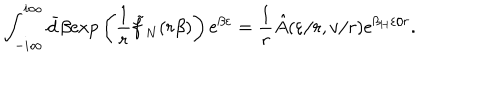
LaTeX: \int _ { - i \infty } ^ { i \infty } \bar { d } \beta \mathrm { e x p } \left( { \frac { 1 } { r } } \tilde { f } _ { N } ( r \beta ) \right) \mathrm { e } ^ { \beta \varepsilon } = { \frac { 1 } { r } } \hat { A } ( \varepsilon / r , v / r ) \mathrm { e } ^ { { \beta _ { H } \varepsilon } / r } .